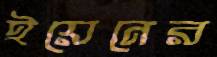
ইয়েনের